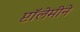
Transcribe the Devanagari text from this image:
प्टॉलेमीने